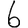
Digit: 6